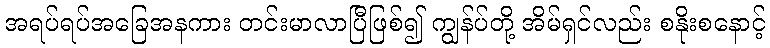
အရပ်ရပ်အခြေအနကား တင်းမာလာပြီဖြစ်၍ ကျွန်ပ်တို့ အိမ်ရှင်လည်း စနိုးစနောင့်